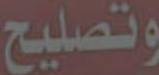
وتصليح